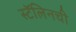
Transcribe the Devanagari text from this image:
स्टॅलिनची